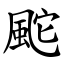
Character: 䬁